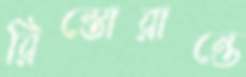
রিস্তোরান্তে